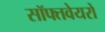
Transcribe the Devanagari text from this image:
सॉफ्तवेयरों